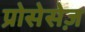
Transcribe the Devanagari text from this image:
प्रोसेसेज़